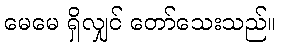
မေမေ ရှိလျှင် တော်သေးသည်။